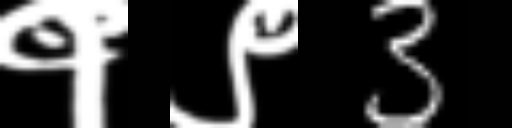
Text: १९3